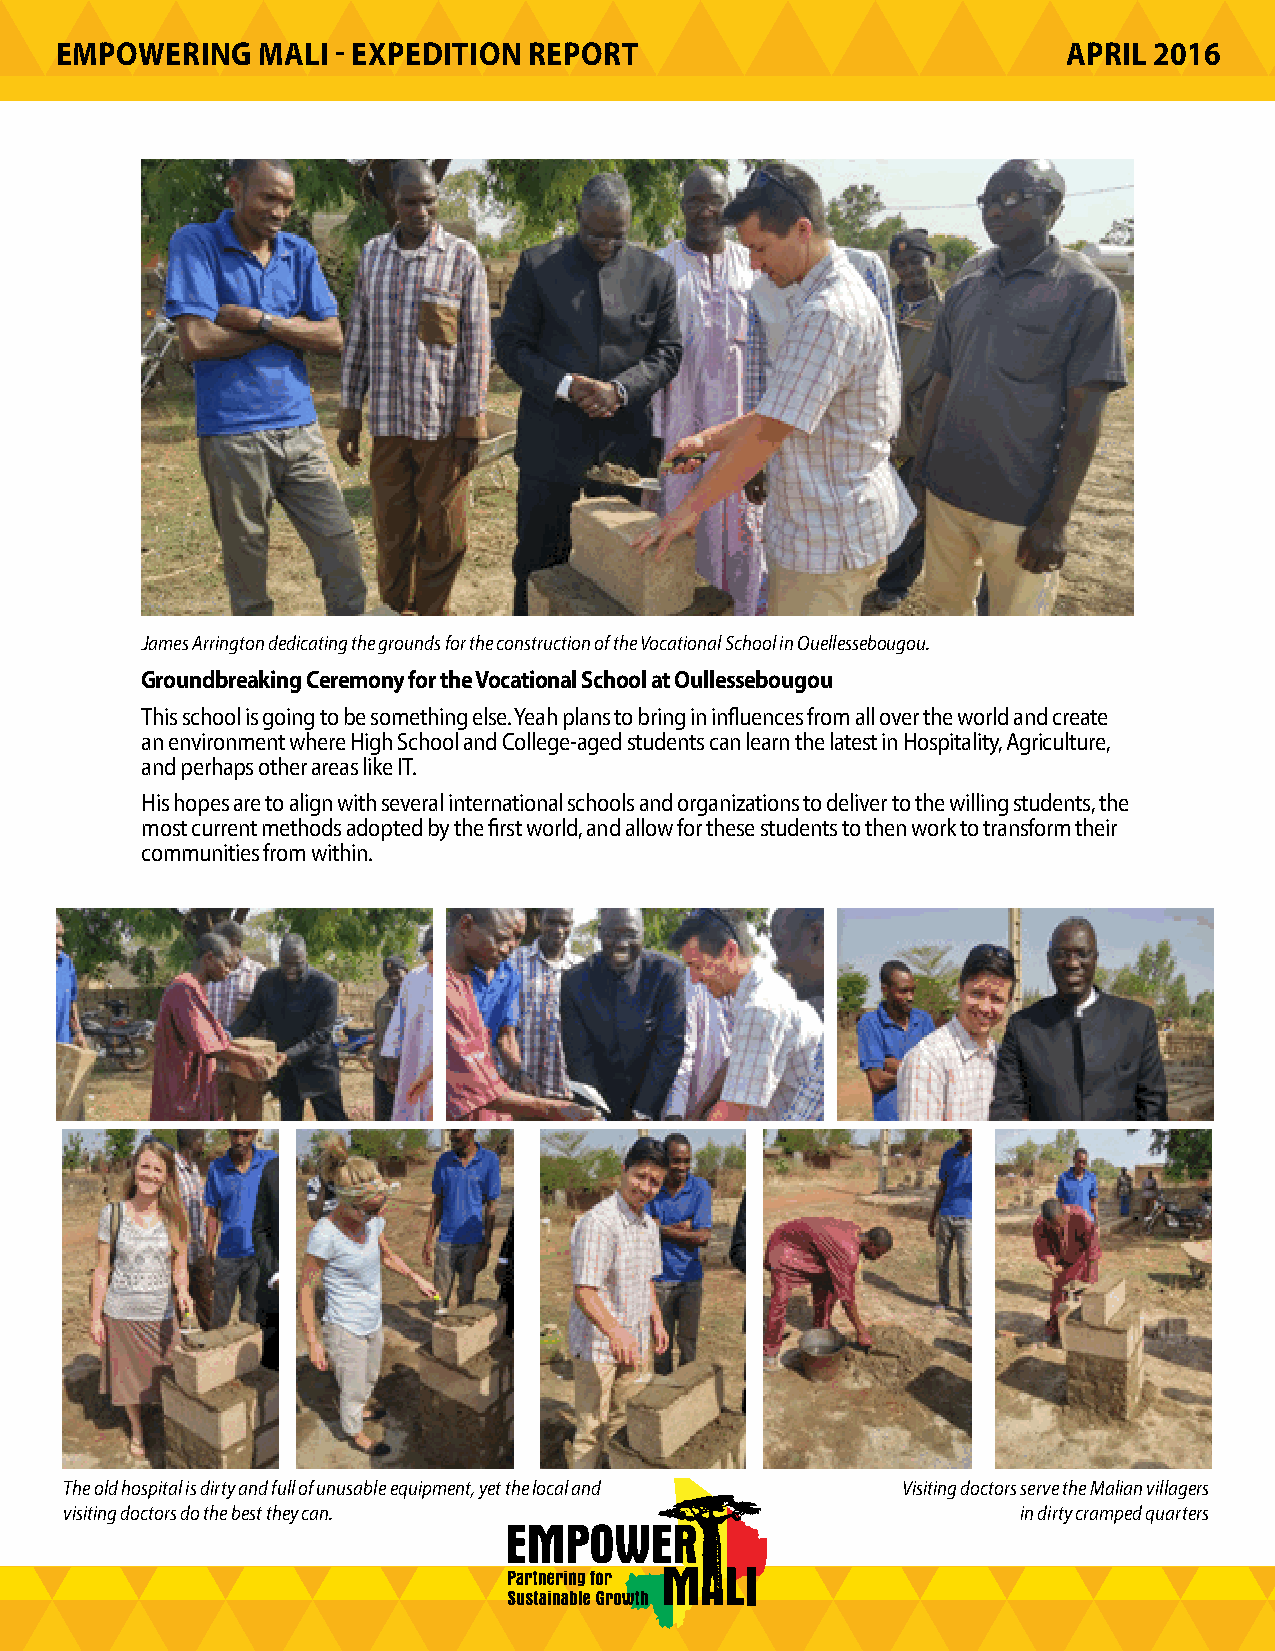
EMPOWERING   MALI - EXPEDITION REPORT                              APRIL 2016
 James Arrington dedicating the grounds for the construction of the Vocational School in Ouellessebougou.
 Groundbreaking Ceremony for the Vocational School at Oullessebougou
 This school is going to be something else. Yeah plans to bring in influences from all over the world and create
 an environment where High School and College-aged students can learn the latest in Hospitality, Agriculture,
 and perhaps other areas like IT.
 His hopes are to align with several international schools and organizations to deliver to the willing students, the
 most current methods adopted by the first world, and allow for these students to then work to transform their
 communities from within.
 The old hospital is dirty and full of unusable equipment, yet the local and Visiting doctors serve the Malian villagers
 visiting doctors do the best they can.                          in dirty cramped quarters